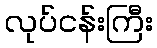
လုပ်ငန်းကြီး